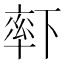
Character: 𬍏